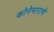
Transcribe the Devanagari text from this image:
कोनेमाराचे